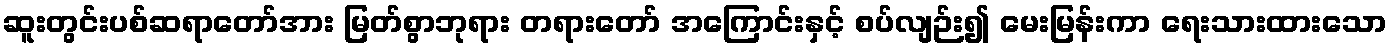
ဆူးတွင်းပစ်ဆရာတော်အား မြတ်စွာဘုရား တရားတော် အကြောင်းနှင့် စပ်လျဉ်း၍ မေးမြန်းကာ ရေးသားထားသော